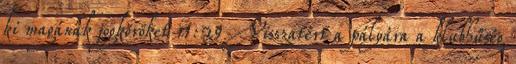
ki magának jogköröket 11:29 Visszatért a pályára a klubhűség